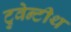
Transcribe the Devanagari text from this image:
टुवेन्टीथ